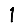
Digit: 1